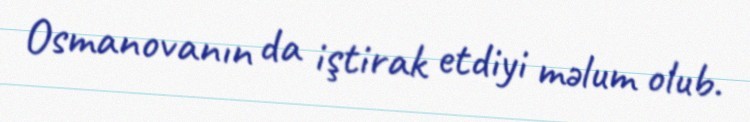
Osmanovanın da iştirak etdiyi məlum olub.